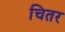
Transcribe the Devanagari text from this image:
चितर